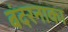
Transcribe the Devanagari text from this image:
बंदरनाका